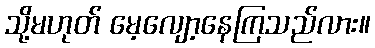
သို့မဟုတ် မေ့လျော့နေကြသည်လား။